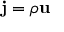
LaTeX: \mathbf { j } = \rho \mathbf { u }